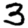
Digit: 3